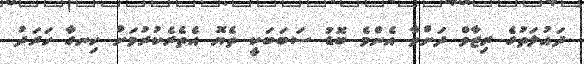
ދައުލަތުގެ ރިޒާވް ދަށްވާ އެންމެ ބޮޑު ސަބަބަކީ ތެޔޮ އެތެރެކުރުމަށް ހިނގާ ހަރަދު